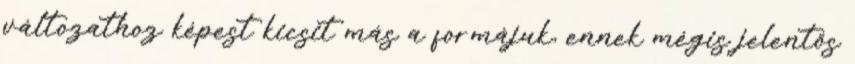
változathoz képest kicsit más a formájuk, ennek mégis jelentős